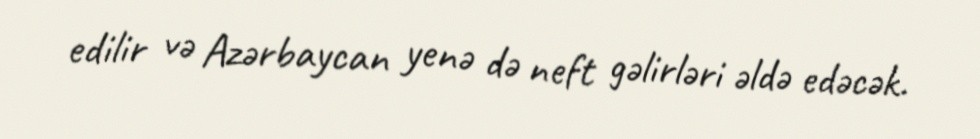
edilir və Azərbaycan yenə də neft gəlirləri əldə edəcək.